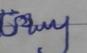
Signature authenticity: forged